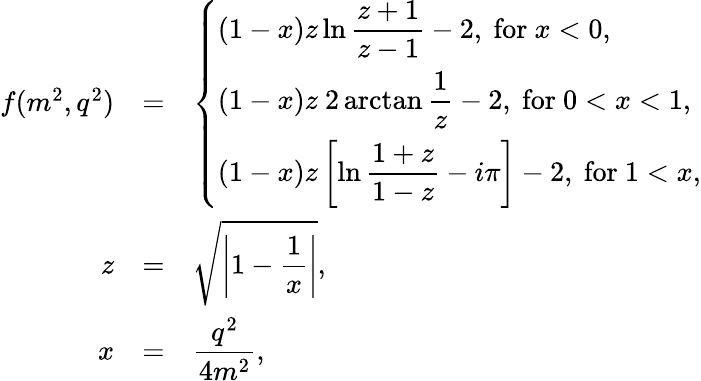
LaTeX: \begin{array}{rcl}{{f(m^{2},q^{2})}}&{{=}}&{{\displaystyle\left\{ \begin{array}{l}{{\displaystyle(1-x)z\ln\frac{z+1}{z-1}-2,\mathrm{~for~}x<0,}}\\ {{\displaystyle(1-x)z~2\arctan\frac{1}{z}-2,\mathrm{~for~}0<x<1,}}\\ {{\displaystyle(1-x)z\left[\ln\frac{1+z}{1-z}-i\pi\right]-2,\mathrm{~for~}1<x,}}\end{array}\right.}}\\ {{z}}&{{=}}&{{\displaystyle\sqrt{\left|1-\frac{1}{x}\right|},}}\\ {{x}}&{{=}}&{{\displaystyle\frac{q^{2}}{4m^{2}},}}\end{array}